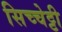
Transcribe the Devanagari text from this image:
सिच्चेट्टी